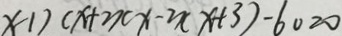
x - 1 ) ( x + 2 ) ( x - 2 ) ( x + 3 ) - 6 0 = 0